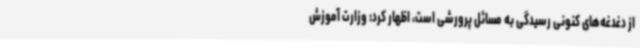
از دغدغه‌های کنونی رسیدگی به مسائل پرورشی است، اظهار کرد: وزارت آموزش